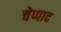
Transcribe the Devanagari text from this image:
चेप्पाद